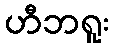
ဟီဘရူး